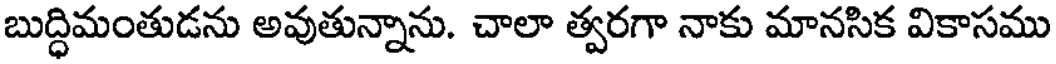
బుద్ధిమంతుడను అవుతున్నాను. చాలా త్వరగా నాకు మానసిక వికాసము